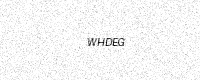
Text: WHDEG